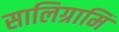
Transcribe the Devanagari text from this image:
सालिग्रामि